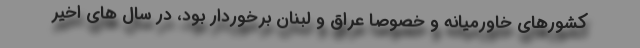
کشورهای خاورمیانه و خصوصا عراق و لبنان برخوردار بود، در سال های اخیر